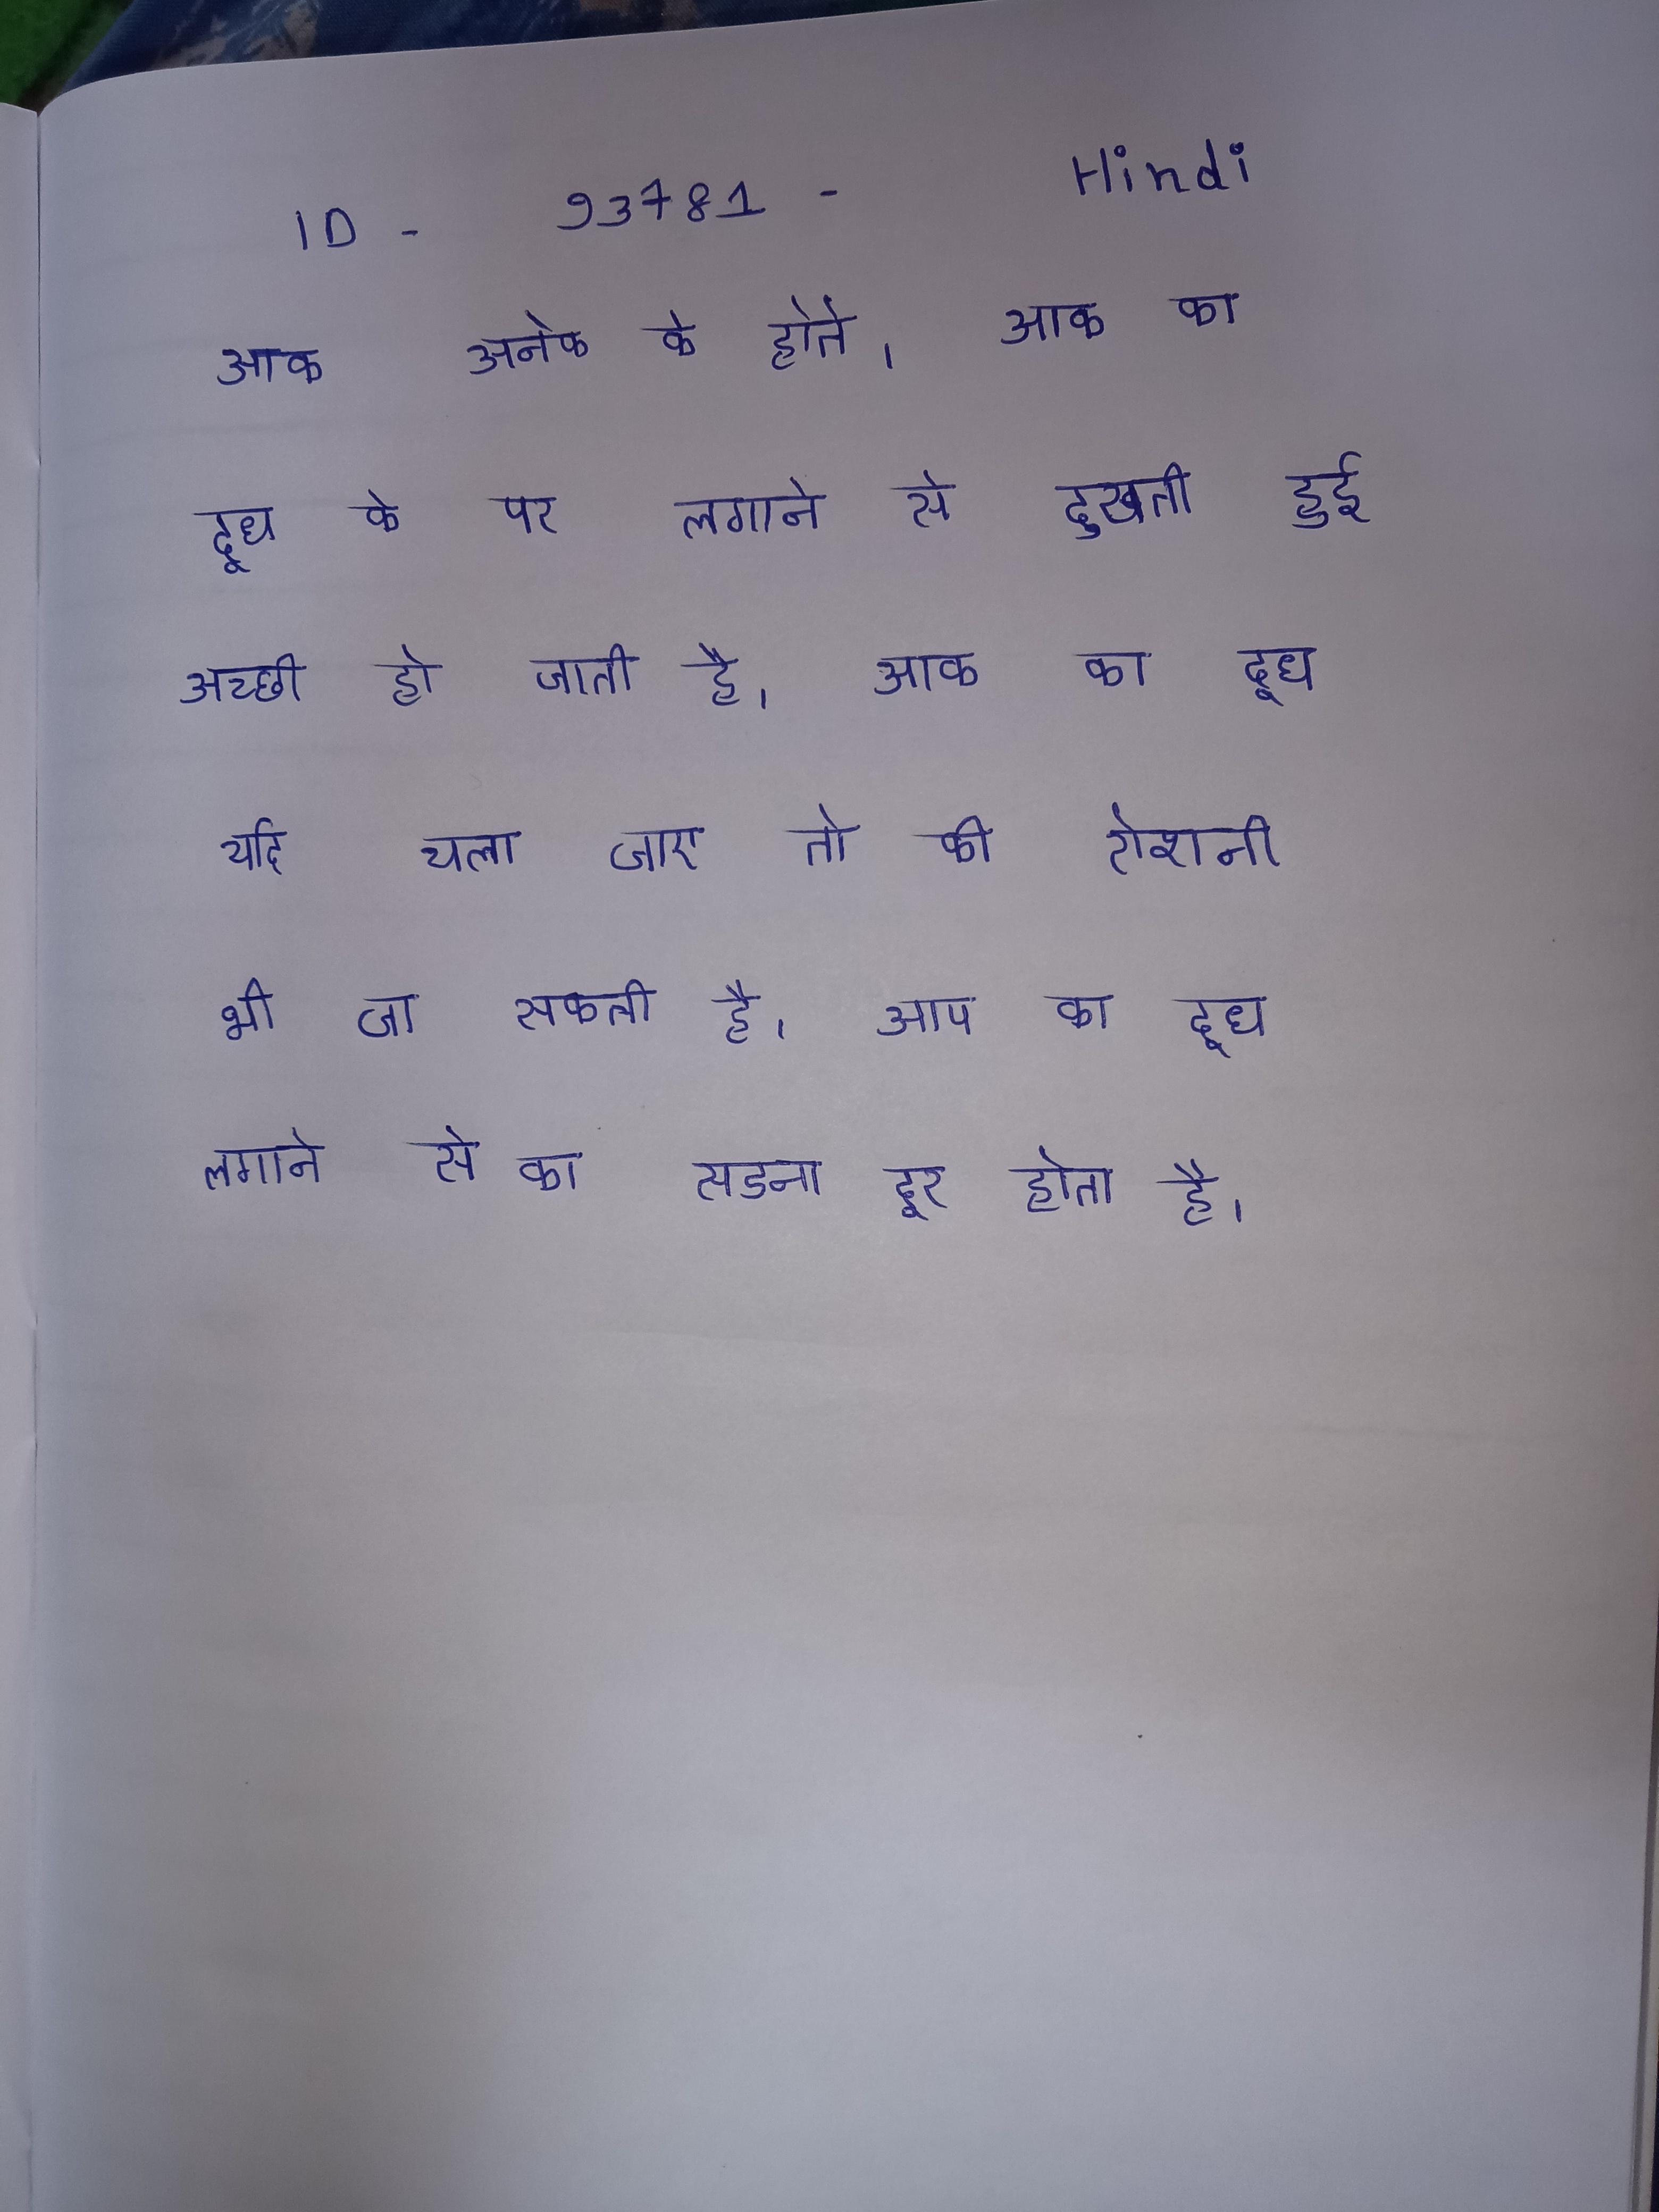
आक अनेक के होते । आक का दूध के पर लगाने से दुखती हुई अच्छी हो जाती है । आक का दूध यदि चला जाए तो की रोशनी भी जा सकती है । आक का दूध लगाने से का सडना दूर होता है ।